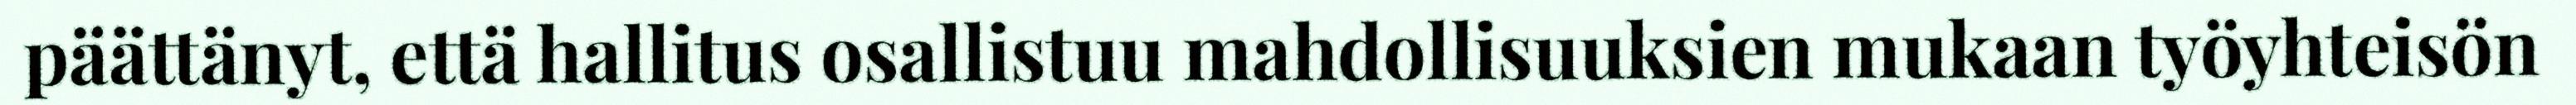
päättänyt, että hallitus osallistuu mahdollisuuksien mukaan työyhteisön